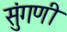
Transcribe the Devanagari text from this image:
सुंगणी